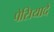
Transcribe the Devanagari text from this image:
पेसियादे